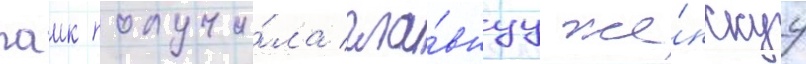
паик получи́ла гла́внуу же́нскуу